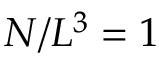
N / L ^ { 3 } = 1